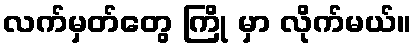
လက်မှတ်တွေ ကြို မှာ လိုက်မယ်။